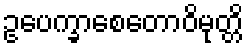
ဥပေက္ခာစေတောဝိမုတ္တိ